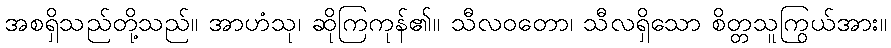
အစရှိသည်တို့သည်။ အာဟံသု၊ ဆိုကြကုန်၏။ သီလဝတော၊ သီလရှိသော စိတ္တသူကြွယ်အား။